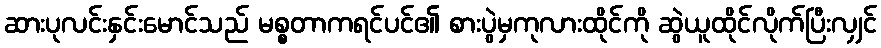
ဆားပုလင်းနှင်းမောင်သည် မစ္စတာကရင်ပင်၏ စားပွဲမှကုလားထိုင်ကို ဆွဲယူထိုင်လိုက်ပြီးလျှင်